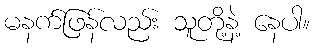
မနက်ဖြန်လည်း သူတို့နဲ့ နေပါ။